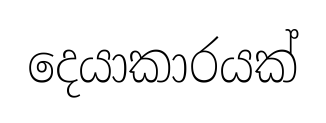
දෙයාකාරයක්